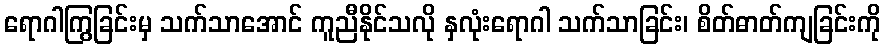
ရောဂါကြွခြင်းမှ သက်သာအောင် ကူညီနိုင်သလို နှလုံးရောဂါ သက်သာခြင်း၊ စိတ်ဓာတ်ကျခြင်းကို